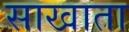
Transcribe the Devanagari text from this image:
साखाता